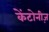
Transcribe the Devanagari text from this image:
केंटोनीज़